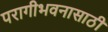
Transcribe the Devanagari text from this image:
परागीभवनासाठी